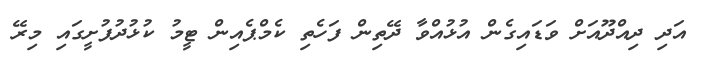
އަދި ދިއްދޫއަށް ވަޑައިގެން އުޅުއްވާ ދޭތިން ފަހެތި ކެމްޕެއިން ޓީމު ކުޅުދުފުށީގައި މިރޭ